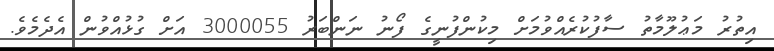
އިތުރު މަޢުލޫމާތު ސާފުކުރެއްވުމަށް މިކުންފުނީގެ ފޯނު ނަންބަރު 3000055 އަށް ގުޅުއްވުން އެދެމެވެ.